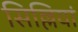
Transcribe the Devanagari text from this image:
सिल्लियां